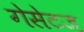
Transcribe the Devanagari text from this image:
गेसेटज